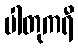
ပါတုကရီ